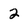
Character: 2